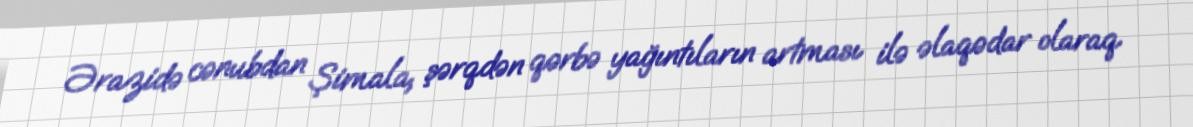
Ərazidə cənubdan Şimala, şərqdən qərbə yağıntıların artması ilə əlaqədar olaraq